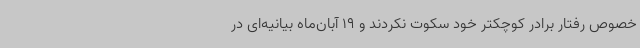
خصوص رفتار برادر کوچکتر خود سکوت نکردند و 19 آبان‌ماه بیانیه‌ای در